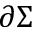
\partial \Sigma